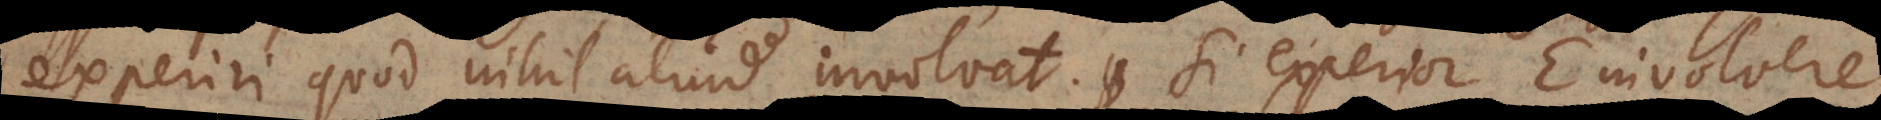
experiri quod nihil aliud involvat. Si experior E involvere